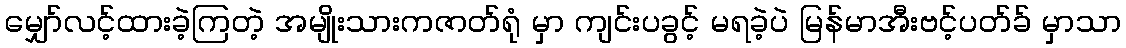
မျှော်လင့်ထားခဲ့ကြတဲ့ အမျိုးသားကဇာတ်ရုံ မှာ ကျင်းပခွင့် မရခဲ့ပဲ မြန်မာအီးဗင့်ပတ်ခ် မှာသာ